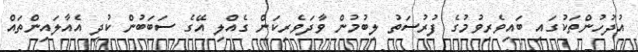
އުދުހުންތަކުގައި ބައިވެރިވުމުގެ ފުރުސަތު ލިބުމުން ވާދަވެރިކަން ގެއްލި އޭގެ ސަބަބުން ކުދި އެއާލައިންތައް